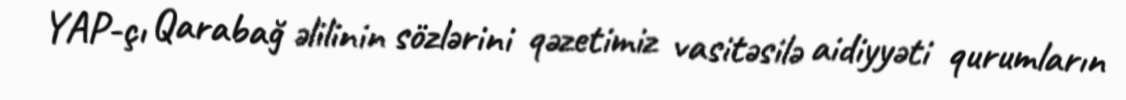
YAP-çı Qarabağ əlilinin sözlərini qəzetimiz vasitəsilə aidiyyəti qurumların